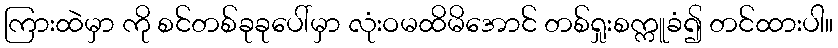
ကြားထဲမှာ ကို စင်တစ်ခုခုပေါ်မှာ လုံးဝမထိမိအောင် တစ်ရှုးစက္ကူခံ၍ တင်ထားပါ။